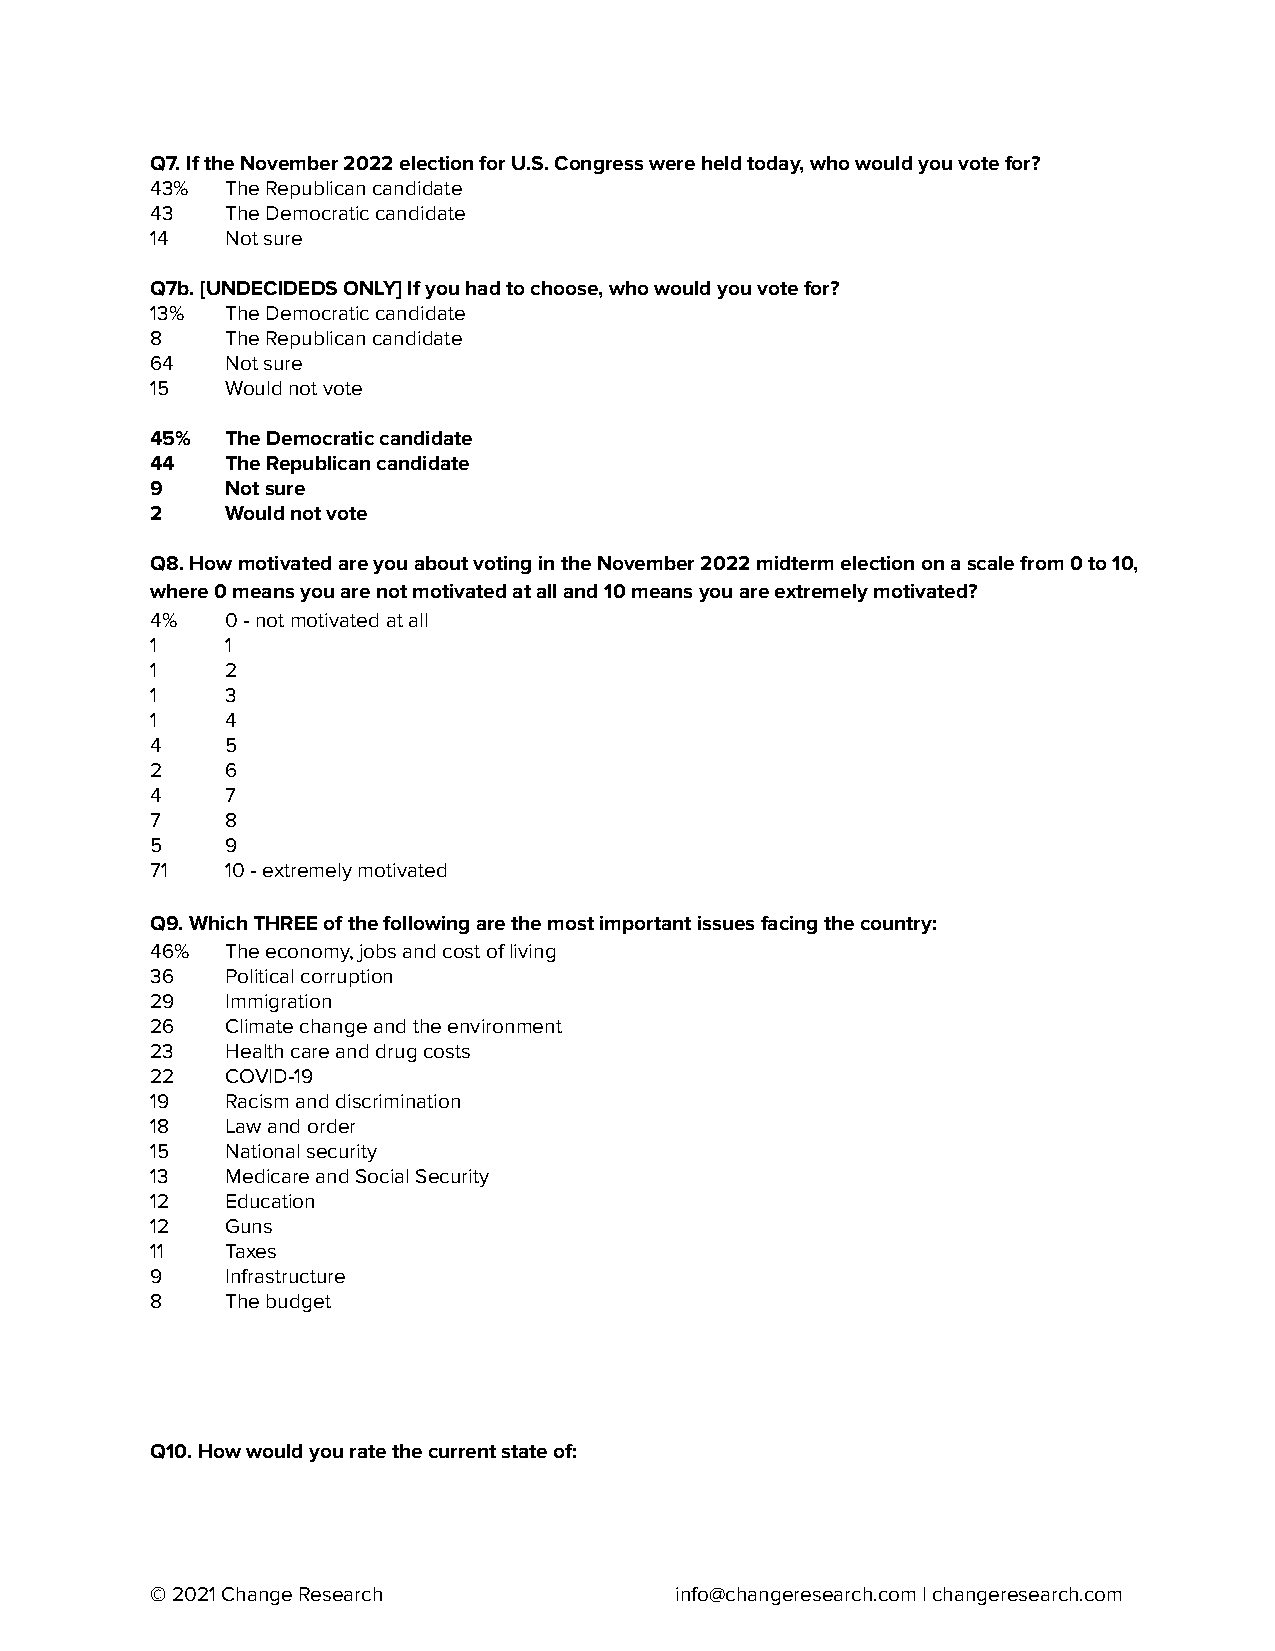
Q7. If the November 2022 election for U.S. Congress were held today, who would you vote for?
 43%  The Republican candidate
 43   The Democratic candidate
 14   Not sure
 Q7b. [UNDECIDEDS ONLY] If you had to choose, who would you vote for?
 13%  The Democratic candidate
 8    The Republican candidate
 64   Not sure
 15   Would not vote
 45%  The Democratic candidate
 44   The Republican candidate
 9    Not sure
 2    Would not vote
 Q8. How motivated are you about voting in the November 2022 midterm election on a scale from 0 to 10,
 where 0 means you are not motivated at all and 10 means you are extremely motivated?
 4%   0 - not motivated at all
 1    1
 1    2
 1    3
 1    4
 4    5
 2    6
 4    7
 7    8
 5    9
 71   10 - extremely motivated
 Q9. Which THREE of the following are the most important issues facing the country:
 46%  The economy, jobs and cost of living
 36   Political corruption
 29   Immigration
 26   Climate change and the environment
 23   Health care and drug costs
 22   COVID-19
 19   Racism and discrimination
 18   Law and order
 15   National security
 13   Medicare and Social Security
 12   Education
 12   Guns
 11   Taxes
 9    Infrastructure
 8    The budget
 Q10. How would you rate the current state of:
 © 2021 Change Research             info@changeresearch.com| changeresearch.com